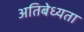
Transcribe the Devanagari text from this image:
अतिबेध्यता